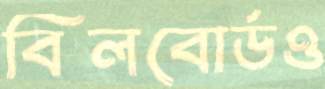
বিলবোর্ডও